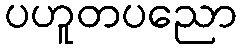
ပဟူတပညော